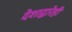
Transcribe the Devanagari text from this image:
देशाद्वारेही